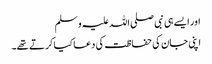
اور ایسے ہی نبی صلی اللہ علیہ وسلم
اپنی جان کی حفاظت کی دعا کیا کرتے تھے۔